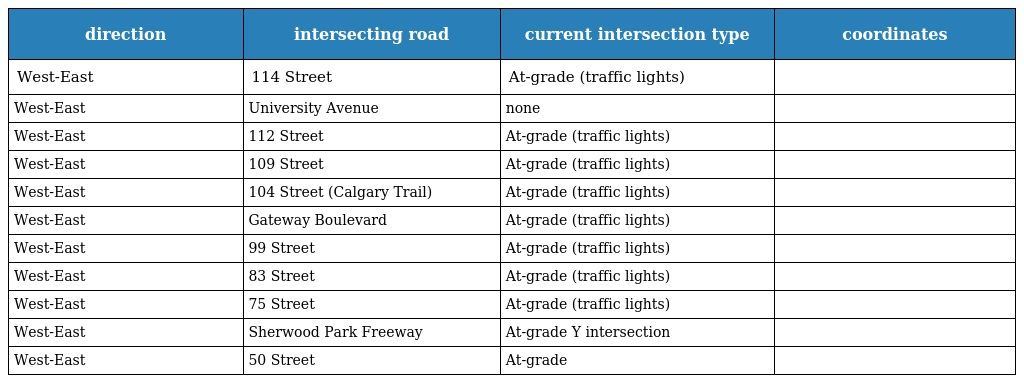
| direction | intersecting road | current intersection type | coordinates |
 | --- | --- | --- | --- |
 | West-East | 114 Street | At-grade (traffic lights) |  |
 | West-East | University Avenue | none |  |
 | West-East | 112 Street | At-grade (traffic lights) |  |
 | West-East | 109 Street | At-grade (traffic lights) |  |
 | West-East | 104 Street (Calgary Trail) | At-grade (traffic lights) |  |
 | West-East | Gateway Boulevard | At-grade (traffic lights) |  |
 | West-East | 99 Street | At-grade (traffic lights) |  |
 | West-East | 83 Street | At-grade (traffic lights) |  |
 | West-East | 75 Street | At-grade (traffic lights) |  |
 | West-East | Sherwood Park Freeway | At-grade Y intersection |  |
 | West-East | 50 Street | At-grade |  |